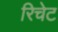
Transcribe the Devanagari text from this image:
रिचेट